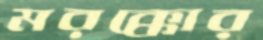
মরক্কোর